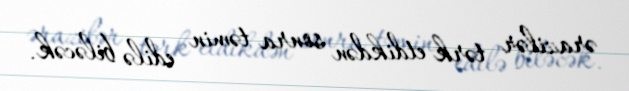
ərazilər tərk etdikdən sonra təmin edilə biləcək.